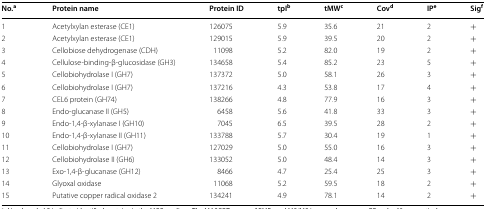
<table><thead><tr><td><b>No.<sup>a</sup></b></td><td><b>Protein name</b></td><td><b>Protein ID</b></td><td><b>tpI<sup>b</sup></b></td><td><b>tMW<sup>c</sup></b></td><td><b>Cov<sup>d</sup></b></td><td><b>IP<sup>e</sup></b></td><td><b>Sig<sup>f</sup></b></td></tr></thead><tbody><tr><td>1</td><td>Acetylxylan esterase (CE1)</td><td>126075</td><td>5.9</td><td>35.6</td><td>21</td><td>2</td><td>+</td></tr><tr><td>2</td><td>Acetylxylan esterase (CE1)</td><td>129015</td><td>5.9</td><td>39.5</td><td>20</td><td>2</td><td>+</td></tr><tr><td>3</td><td>Cellobiose dehydrogenase (CDH)</td><td>11098</td><td>5.2</td><td>82.0</td><td>19</td><td>2</td><td>+</td></tr><tr><td>4</td><td>Cellulose-binding-β-glucosidase (GH3)</td><td>134658</td><td>5.4</td><td>85.2</td><td>23</td><td>5</td><td>+</td></tr><tr><td>5</td><td>Cellobiohydrolase I (GH7)</td><td>137372</td><td>5.0</td><td>58.1</td><td>26</td><td>3</td><td>+</td></tr><tr><td>6</td><td>Cellobiohydrolase I (GH7)</td><td>137216</td><td>4.3</td><td>53.8</td><td>17</td><td>4</td><td>+</td></tr><tr><td>7</td><td>CEL6 protein (GH74)</td><td>138266</td><td>4.8</td><td>77.9</td><td>16</td><td>3</td><td>+</td></tr><tr><td>8</td><td>Endo-glucanase II (GH5)</td><td>6458</td><td>5.6</td><td>41.8</td><td>33</td><td>3</td><td>+</td></tr><tr><td>9</td><td>Endo-1,4-β-xylanase I (GH10)</td><td>7045</td><td>6.5</td><td>39.5</td><td>28</td><td>2</td><td>+</td></tr><tr><td>10</td><td>Endo-1,4-β-xylanase II (GH11)</td><td>133788</td><td>5.7</td><td>30.4</td><td>19</td><td>1</td><td>+</td></tr><tr><td>11</td><td>Cellobiohydrolase I (GH7)</td><td>127029</td><td>5.0</td><td>55.0</td><td>16</td><td>3</td><td>+</td></tr><tr><td>12</td><td>Cellobiohydrolase II (GH6)</td><td>133052</td><td>5.0</td><td>48.4</td><td>14</td><td>3</td><td>+</td></tr><tr><td>13</td><td>Exo-1,4-β-glucanase (GH12)</td><td>8466</td><td>4.7</td><td>25.4</td><td>25</td><td>3</td><td>+</td></tr><tr><td>14</td><td>Glyoxal oxidase</td><td>11068</td><td>5.2</td><td>59.5</td><td>18</td><td>2</td><td>+</td></tr><tr><td>15</td><td>Putative copper radical oxidase 2</td><td>134241</td><td>4.9</td><td>78.1</td><td>14</td><td>2</td><td>+</td></tr></tbody></table>